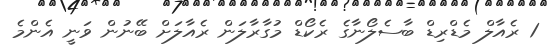
1 ރެއާލް މެޑްރިޑް ބާސެލޯނާގެ ރެކޯޑް މުގާރާލަން ރެއާލަށް ބޭނުން ވަނީ އެންމެ